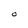
Character: O